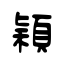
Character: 穎